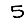
Digit: 5